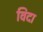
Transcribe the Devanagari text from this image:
विदा